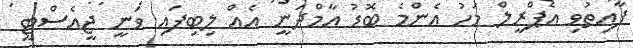
ފާއިތުވި އެޕްރީލް މަހު އެންމެ ބޮޑު އާމްދަނީ އެއް ލިބިފަައި ވަނީ ޖީއެސްޓީ